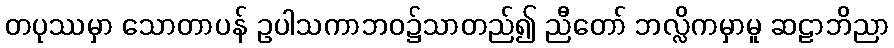
တပုဿမှာ သောတာပန် ဥပါသကာဘဝ၌သာတည်၍ ညီတော် ဘလ္လိကမှာမူ ဆဠာဘိညာ